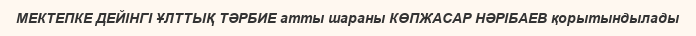
МЕКТЕПКЕ ДЕЙІНГІ ҰЛТТЫҚ ТӘРБИЕ атты шараны КӨПЖАСАР НӘРІБАЕВ қорытындылады